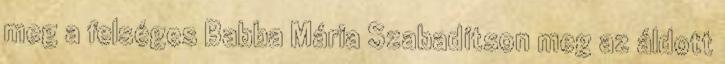
meg a felséges Babba Mária Szabadítson meg az áldott